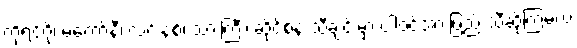
ကိုရင်ဂို၊ မကော်နီ၊ လင်းနစ်၊ သားကြီး၊ ဆိုင်စံနဲ့ သီချင်းမှာ ပါဝင်အားဖြည့် သီဆိုကြမယ့်